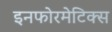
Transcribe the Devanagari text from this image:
इनफोरमेटिक्स